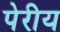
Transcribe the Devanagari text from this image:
पेरीय